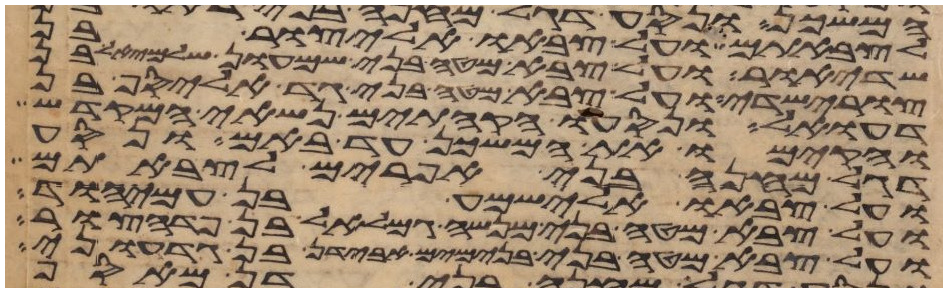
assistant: לצבאתם ועל צבאו אליצור בן
שדיאור ועל צבא מטה בני שמעון שלמיאל בן
צורישדי ועל צבא מטה בני גד אליסף בן
דעואל ונסעו הקהתים נשאי המקדש
והקימו את המשכן עד באם ונסע
דגל מחנה בני אפרים לצבאתם
ועל צבאו אלישמע בן עמיהוד
ועל צבא מטה בני מנשה גמלאל בן פדהצור
ועל צבא מטה בני בנימים אבידן בן גדעוני